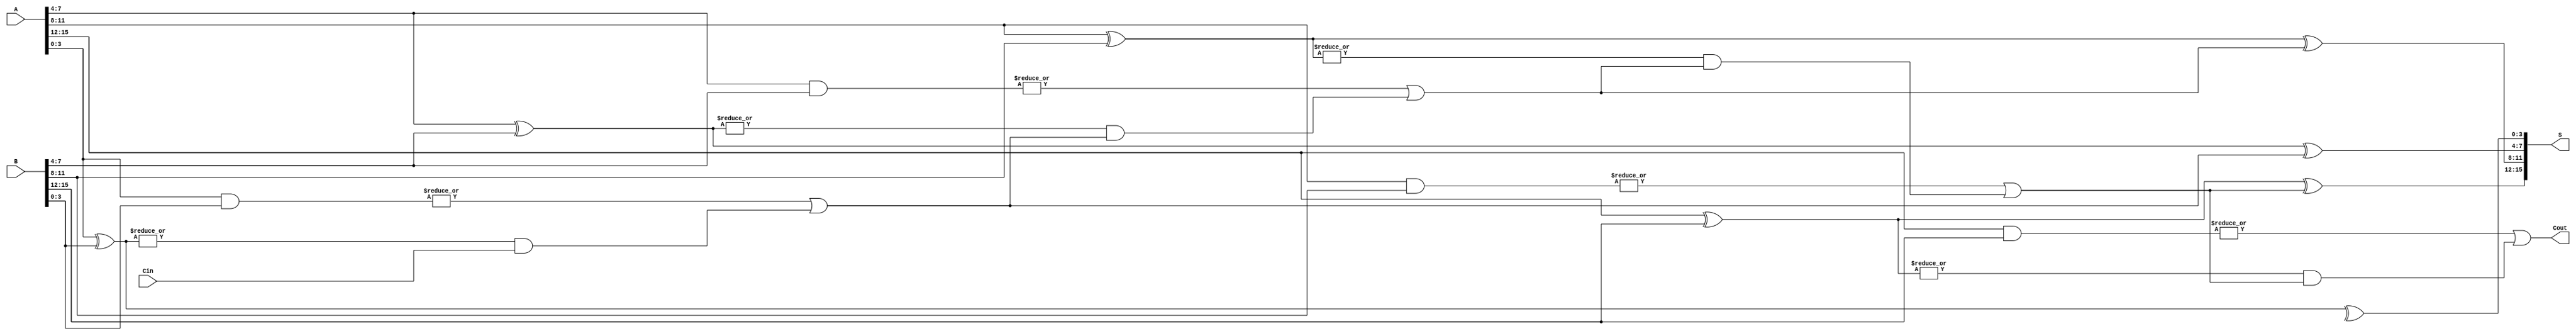
module HanCarlsonAdder #(parameter N = 16, // Total bit width
                         parameter SEGMENT_SIZE = 4) // Segment size
(
    input  [N-1:0] A,      // First n-bit input
    input  [N-1:0] B,      // Second n-bit input
    input  Cin,            // Carry-in
    output [N-1:0] S,      // Sum output
    output Cout            // Carry-out
);

    localparam NUM_SEGMENTS = N / SEGMENT_SIZE;

    // Internal signals
    wire [NUM_SEGMENTS-1:0] P; // Propagate signals for each segment
    wire [NUM_SEGMENTS-1:0] G; // Generate signals for each segment
    wire [NUM_SEGMENTS:0] C;    // Carry signals (C[0] = Cin)
    wire [N-1:0] S_temp;        // Temporary sum outputs

    // Generate P and G signals for each segment
    genvar i;
    generate
        for (i = 0; i < NUM_SEGMENTS; i = i + 1) begin : segment
            wire [SEGMENT_SIZE-1:0] A_seg = A[i*SEGMENT_SIZE +: SEGMENT_SIZE];
            wire [SEGMENT_SIZE-1:0] B_seg = B[i*SEGMENT_SIZE +: SEGMENT_SIZE];

            // Propagate and Generate
            assign P[i] = |(A_seg ^ B_seg); // Propagate
            assign G[i] = |(A_seg & B_seg); // Generate

            // Sum calculation for each segment
            assign S_temp[i*SEGMENT_SIZE +: SEGMENT_SIZE] = A_seg ^ B_seg ^ C[i];

            // Carry calculation
            if (i == 0) begin
                assign C[i+1] = G[i] | (P[i] & Cin); // First segment carry
            end else begin
                assign C[i+1] = G[i] | (P[i] & C[i]); // Subsequent segments carry
            end
        end
    endgenerate

    // Final carry-out
    assign Cout = C[NUM_SEGMENTS];

    // Final sum output
    assign S = S_temp;

endmodule